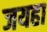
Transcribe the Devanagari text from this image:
जयहा